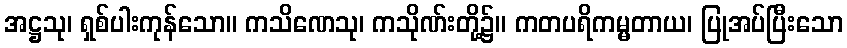
အဋ္ဌသု၊ ရှစ်ပါးကုန်သော။ ကသိဏေသု၊ ကသိုဏ်းတို့၌။ ကတပရိကမ္မတာယ၊ ပြုအပ်ပြီးသော